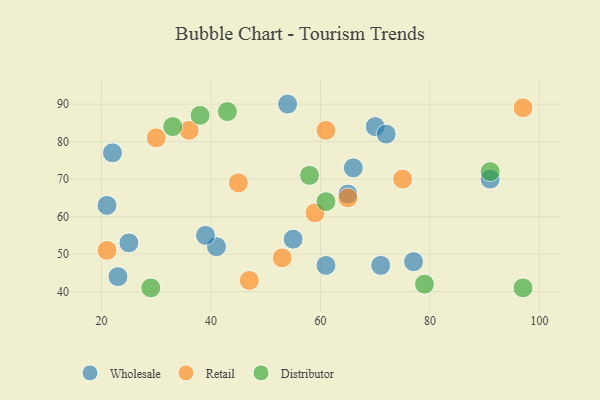
{"axis": {"x": "GDP", "y": "Life Expectancy"}, "legend": ["Distributor", "Retail", "Wholesale"], "data": [{"x": "70", "y": 84, "type": "Wholesale"}, {"x": "77", "y": 48, "type": "Wholesale"}, {"x": "25", "y": 53, "type": "Wholesale"}, {"x": "66", "y": 73, "type": "Wholesale"}, {"x": "71", "y": 47, "type": "Wholesale"}, {"x": "41", "y": 52, "type": "Wholesale"}, {"x": "39", "y": 55, "type": "Wholesale"}, {"x": "91", "y": 70, "type": "Wholesale"}, {"x": "22", "y": 77, "type": "Wholesale"}, {"x": "21", "y": 63, "type": "Wholesale"}, {"x": "54", "y": 90, "type": "Wholesale"}, {"x": "23", "y": 44, "type": "Wholesale"}, {"x": "72", "y": 82, "type": "Wholesale"}, {"x": "55", "y": 54, "type": "Wholesale"}, {"x": "61", "y": 47, "type": "Wholesale"}, {"x": "65", "y": 66, "type": "Wholesale"}, {"x": "53", "y": 49, "type": "Retail"}, {"x": "36", "y": 83, "type": "Retail"}, {"x": "47", "y": 43, "type": "Retail"}, {"x": "21", "y": 51, "type": "Retail"}, {"x": "75", "y": 70, "type": "Retail"}, {"x": "97", "y": 89, "type": "Retail"}, {"x": "61", "y": 83, "type": "Retail"}, {"x": "59", "y": 61, "type": "Retail"}, {"x": "30", "y": 81, "type": "Retail"}, {"x": "65", "y": 65, "type": "Retail"}, {"x": "45", "y": 69, "type": "Retail"}, {"x": "29", "y": 41, "type": "Distributor"}, {"x": "43", "y": 88, "type": "Distributor"}, {"x": "61", "y": 64, "type": "Distributor"}, {"x": "79", "y": 42, "type": "Distributor"}, {"x": "33", "y": 84, "type": "Distributor"}, {"x": "91", "y": 72, "type": "Distributor"}, {"x": "58", "y": 71, "type": "Distributor"}, {"x": "97", "y": 41, "type": "Distributor"}, {"x": "38", "y": 87, "type": "Distributor"}]}